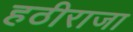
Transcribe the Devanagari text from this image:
हठीराजा